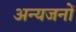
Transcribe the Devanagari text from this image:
अन्यजनों